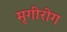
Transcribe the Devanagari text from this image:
मृगीरोग